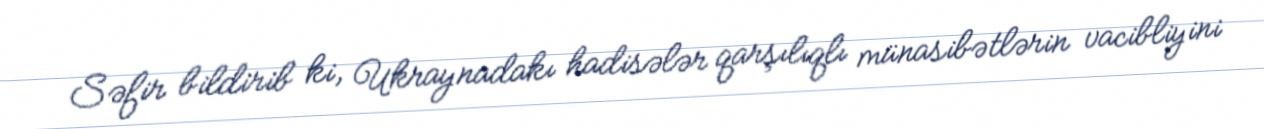
Səfir bildirib ki, Ukraynadakı hadisələr qarşılıqlı münasibətlərin vacibliyini